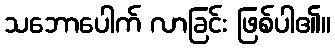
သဘောပေါက် လာခြင်း ဖြစ်ပါ၏။